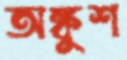
অঙ্কুশ